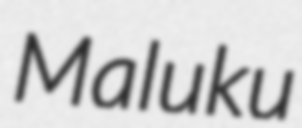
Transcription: Maluku